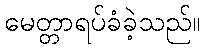
မေတ္တာရပ်ခံခဲ့သည်။